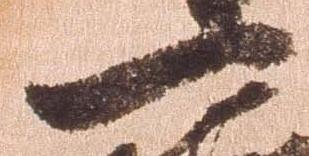
一